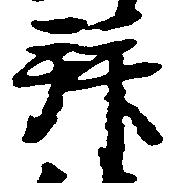
拝